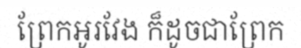
ព្រែកអូរវែង ក៏ដូចជាព្រែក